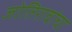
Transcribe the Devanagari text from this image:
जोतिरावांचा